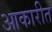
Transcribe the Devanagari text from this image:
आकारीत